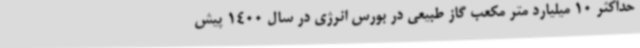
حداکثر 10 میلیارد متر مکعب گاز طبیعی در بورس انرژی در سال 1400 پیش